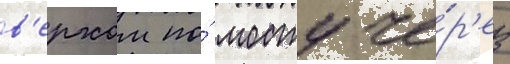
в'ерхом по́ мосту че́р'ез